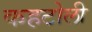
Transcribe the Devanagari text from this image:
कहटोली